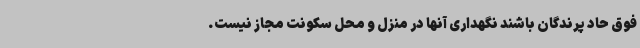
فوق حاد پرندگان باشند نگهداری آنها در منزل و محل سکونت مجاز نیست.